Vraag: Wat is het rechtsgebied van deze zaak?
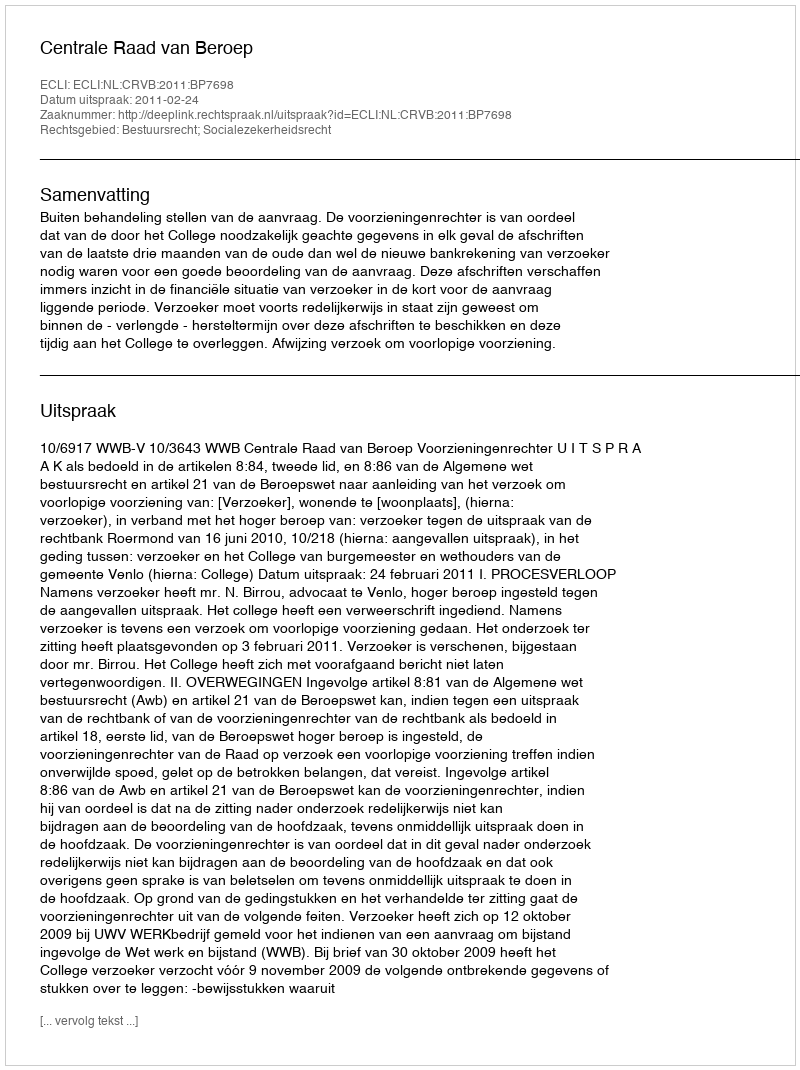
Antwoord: Bestuursrecht; Socialezekerheidsrecht